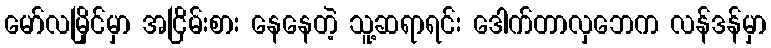
မော်လမြိုင်မှာ အငြိမ်းစား နေနေတဲ့ သူ့ဆရာရင်း ဒေါက်တာလှဘေက လန်ဒန်မှာ